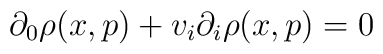
\partial_0 \rho(x,p) + v_i \partial_i \rho(x,p) = 0